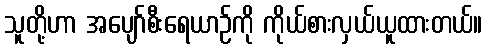
သူတို့ဟာ အပျော်စီးရေယာဉ်ကို ကိုယ်စားလှယ်ယူထားတယ်။